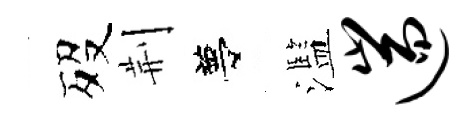
歿荆夢濫遄